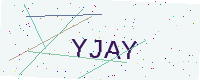
Text: YJAY